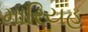
મારિયહ